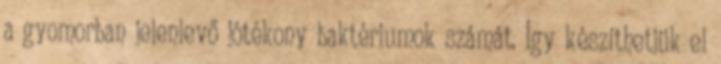
a gyomorban jelenlevő jótékony baktériumok számát. Így készíthetjük el